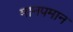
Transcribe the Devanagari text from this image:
मानपमान